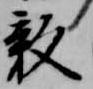
影